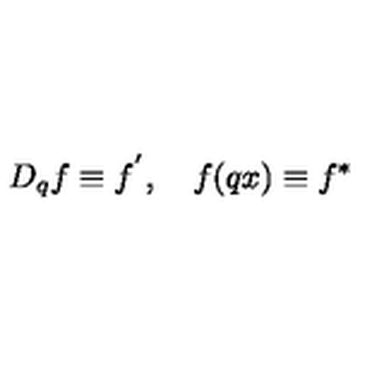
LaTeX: D _ { q } f \equiv f ^ { ^ { \prime } } , \quad f ( q x ) \equiv f ^ { \ast }